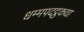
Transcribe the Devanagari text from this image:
धम्मपदट्ठकथा